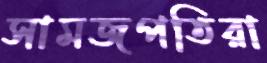
সামজপতিরা